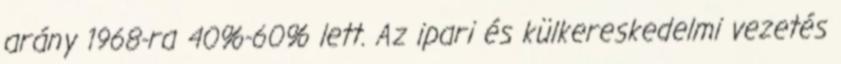
arány 1968-ra 40%-60% lett. Az ipari és külkereskedelmi vezetés